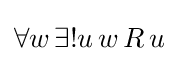
\forall w\,\exists !u\,w\,R\,u